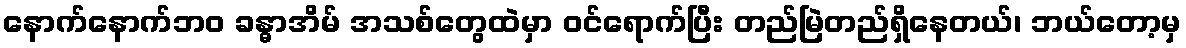
နောက်နောက်ဘဝ ခန္ဓာအိမ် အသစ်တွေထဲမှာ ဝင်ရောက်ပြီး တည်မြဲတည်ရှိနေတယ်၊ ဘယ်တော့မှ